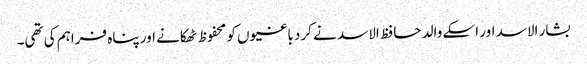
بشار الاسد اور اسکے والد حافظ الاسد نے کرد باغیوں کو محفوظ ٹھکانے اور پناہ فراہم کی تھی۔